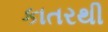
કાતરથી